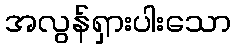
အလွန်ရှားပါးသော